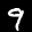
Label: 9